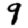
Digit: 9